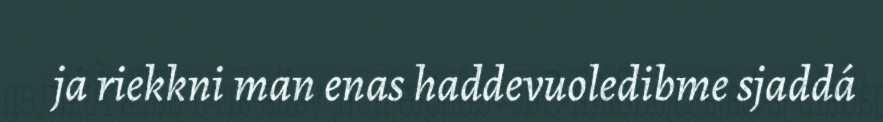
ja riekkni man enas haddevuoledibme sjaddá